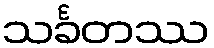
သင်္ခတဿ